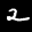
Label: 2